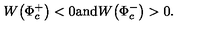
W \! \left( \Phi _ { c } ^ { + } \right) < 0 \mathrm { a n d } W \! \left( \Phi _ { c } ^ { - } \right) > 0 .